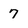
Character: 7